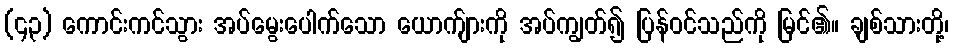
(၄၃) ကောင်းကင်သွား အပ်မွေးပေါက်သော ယောက်ျားကို အပ်ကျွတ်၍ ပြန်ဝင်သည်ကို မြင်၏။ ချစ်သားတို့၊